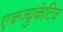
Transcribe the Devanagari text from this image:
एक्ज्युकेटिव